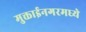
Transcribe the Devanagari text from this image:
मुक्ताईनगरमध्ये